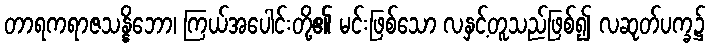
တာရကရာဇသန္နိဘော၊ ကြယ်အပေါင်းတို့၏ မင်းဖြစ်သော လနှင့်တူသည်ဖြစ်၍ လဆုတ်ပက္ခ၌